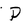
Character: P